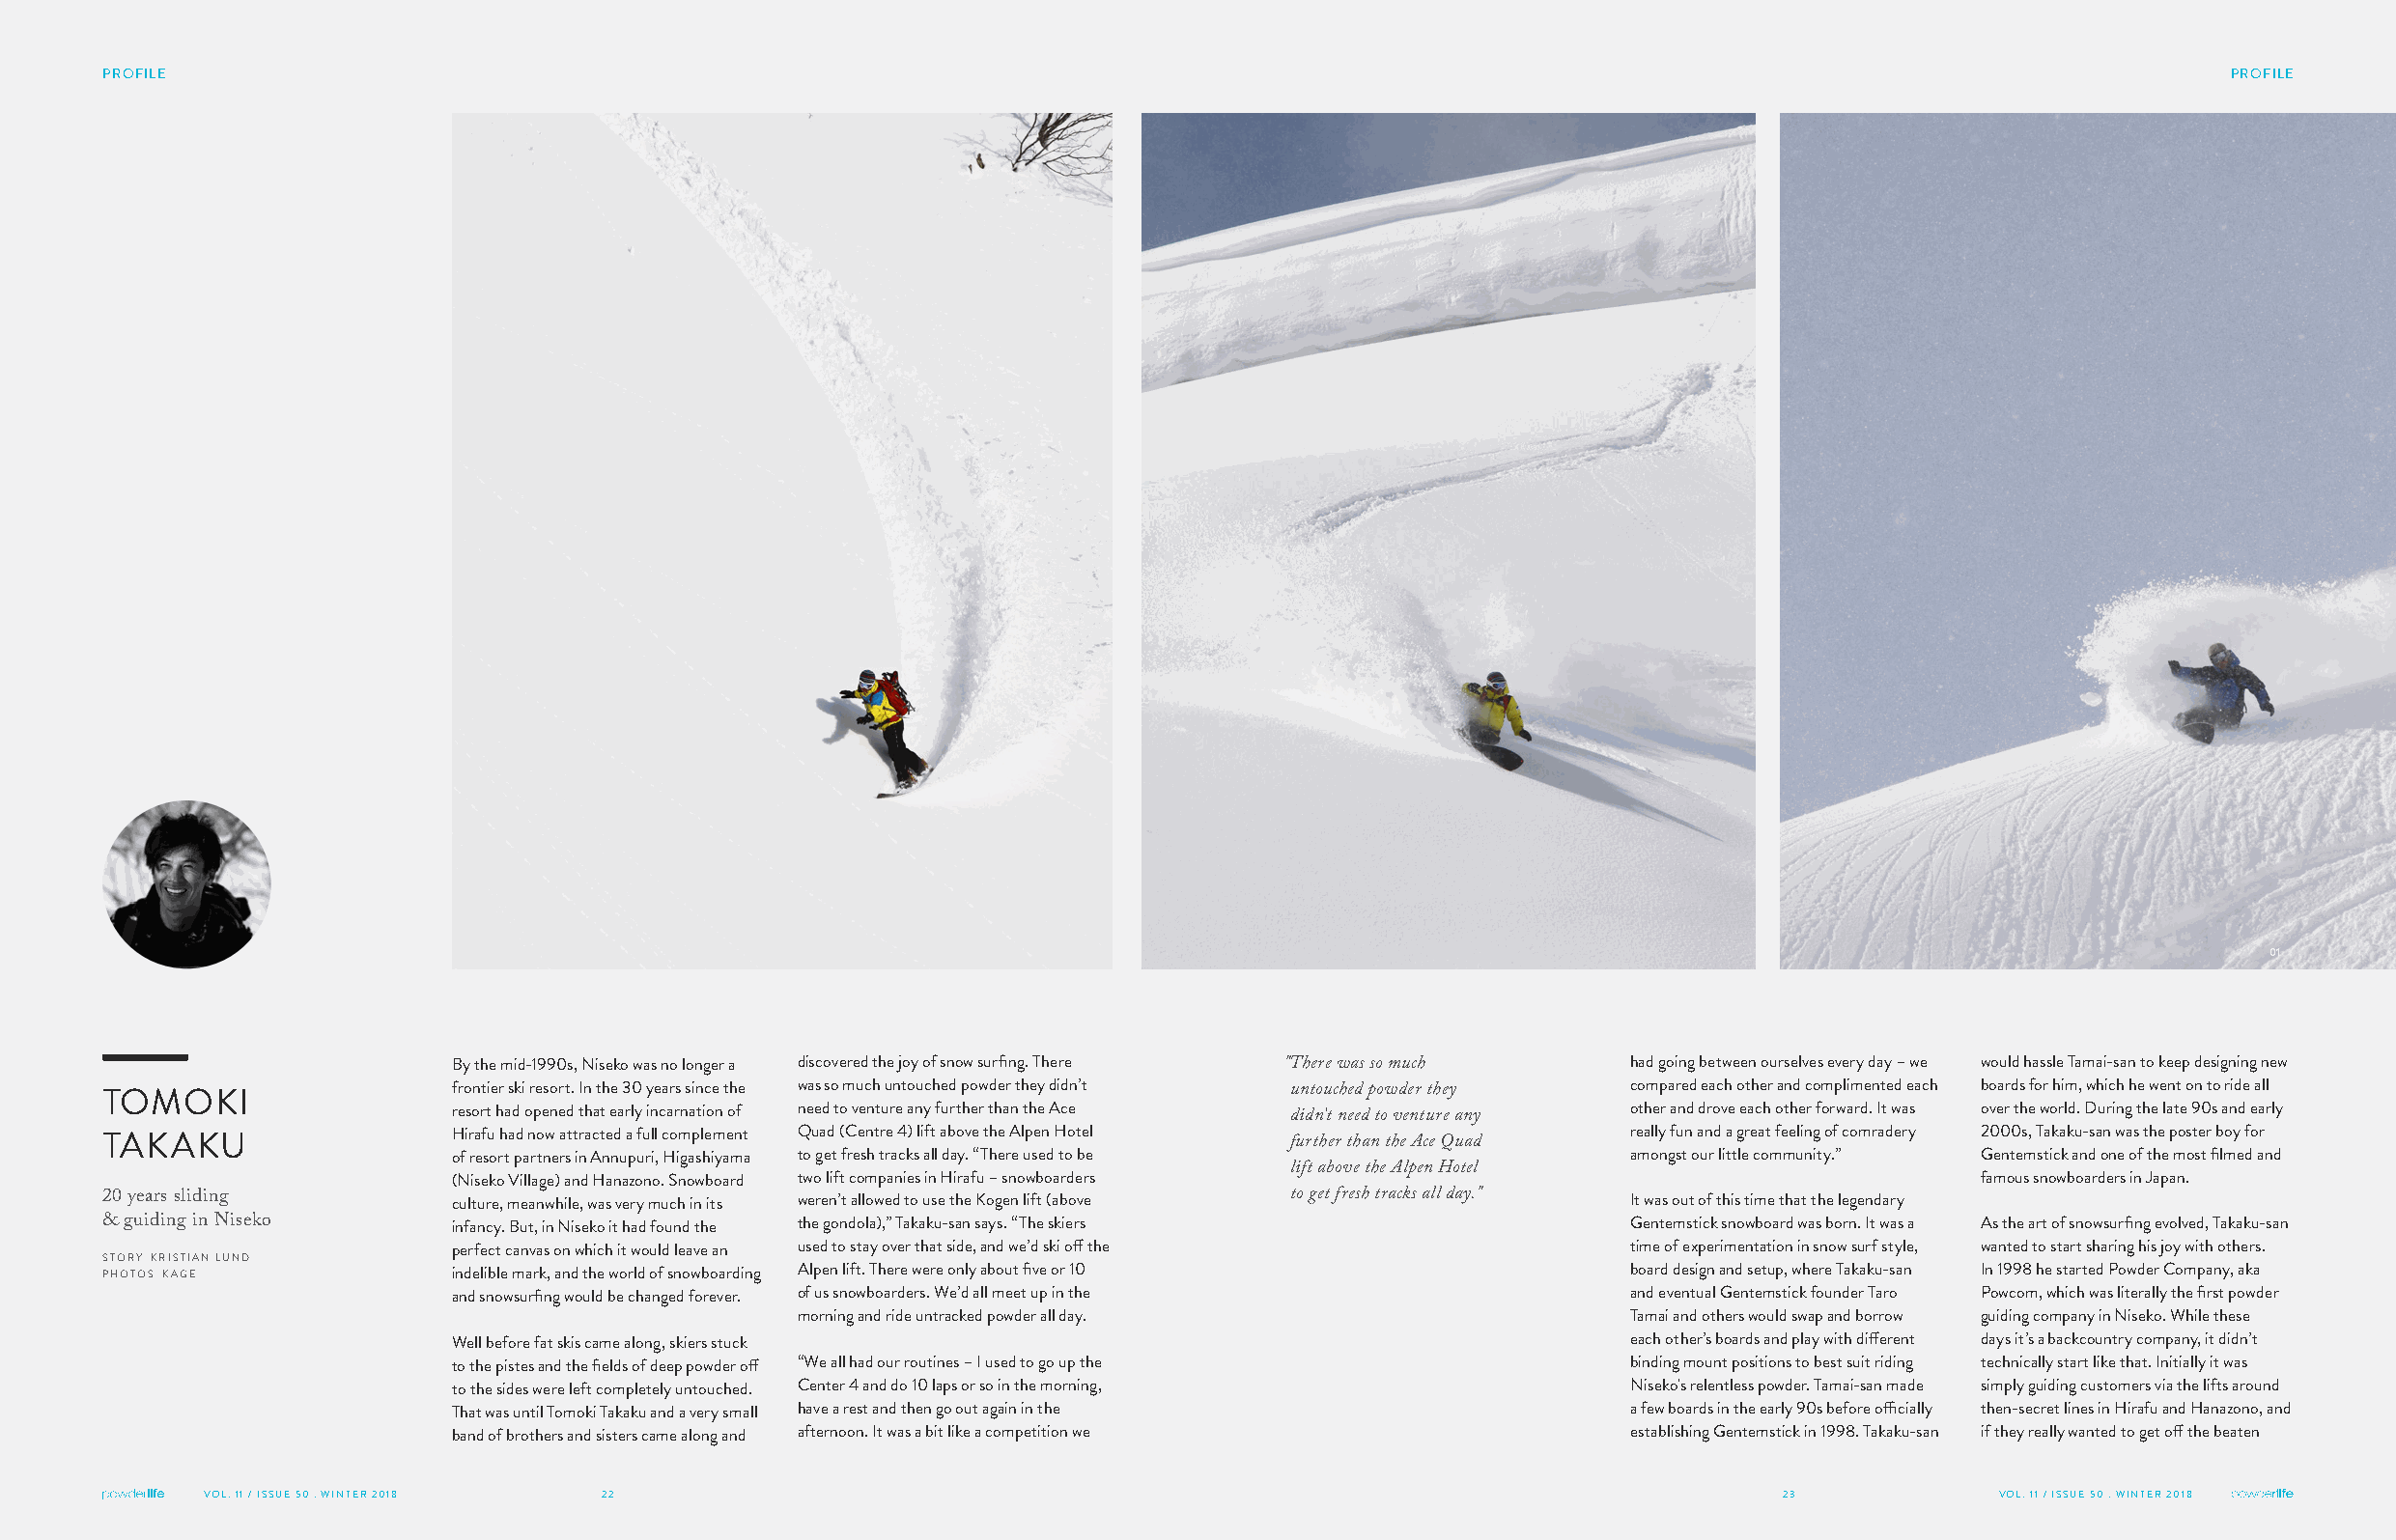
PROFILE                                                                                                                                           PROFILE
 01
 By the mid-1990s, Niseko was no longer a discovered the joy of snow surfing. There "There was so much had going between ourselves every day – we would hassle Tamai-san to keep designing new
 frontier ski resort. In the 30 years since the was so much untouched powder they didn’t compared each other and complimented each boards for him, which he went on to ride all
 TOMOKI                                                                           untouched powder they
 resort had opened that early incarnation of need to venture any further than the Ace other and drove each other forward. It was over the world. During the late 90s and early
 didn’t need to venture any
 Hirafu had now attracted a full complement Quad (Centre 4) lift above the Alpen Hotel really fun and a great feeling of comradery 2000s, Takaku-san was the poster boy for
 TAKAKU                                                                           further than the Ace Quad
 of resort partners in Annupuri, Higashiyama to get fresh tracks all day. “There used to be amongst our little community.” Gentemstick and one of the most filmed and
 (Niseko Village) and Hanazono. Snowboard two lift companies in Hirafu – snowboarders lift above the Alpen Hotel famous snowboarders in Japan.
 20 years sliding        culture, meanwhile, was very much in its weren’t allowed to use the Kogen lift (above to get fresh tracks all day." It was out of this time that the legendary
 & guiding in Niseko     infancy. But, in Niseko it had found the the gondola),” Takaku-san says. “The skiers Gentemstick snowboard was born. It was a As the art of snowsurfing evolved, Takaku-san
 perfect canvas on which it would leave an used to stay over that side, and we’d ski off the time of experimentation in snow surf style, wanted to start sharing his joy with others.
 STORY KRISTIAN LUND
 PHOTOS KAGE             indelible mark, and the world of snowboarding Alpen lift. There were only about five or 10 board design and setup, where Takaku-san In 1998 he started Powder Company, aka
 and snowsurfing would be changed forever. of us snowboarders. We’d all meet up in the and eventual Gentemstick founder Taro Powcom, which was literally the first powder
 morning and ride untracked powder all day.               Tamai and others would swap and borrow guiding company in Niseko. While these
 Well before fat skis came along, skiers stuck                                    each other’s boards and play with different days it’s a backcountry company, it didn’t
 to the pistes and the fields of deep powder off “We all had our routines – I used to go up the binding mount positions to best suit riding technically start like that. Initially it was
 to the sides were left completely untouched. Center 4 and do 10 laps or so in the morning, Niseko's relentless powder. Tamai-san made simply guiding customers via the lifts around
 That was until Tomoki Takaku and a very small have a rest and then go out again in the a few boards in the early 90s before officially then-secret lines in Hirafu and Hanazono, and
 band of brothers and sisters came along and afternoon. It was a bit like a competition we establishing Gentemstick in 1998. Takaku-san if they really wanted to get off the beaten
 VOL. 11 / ISSUE 50 . WINTER 2018 22                                                                         23             VOL. 11 / ISSUE 50 . WINTER 2018